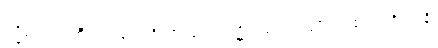
ဝုဒ္ဓိယေဝ၊ ကြီးပွားခြင်းကိုသာလျှင်။ ပါဋိကင်္ခါ၊ အလိုရှိအပ်၏။ ပရိဟာနိ၊